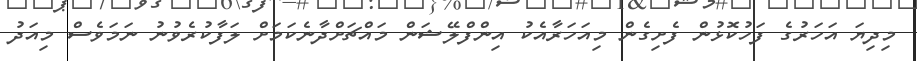
މިދިޔަ އަހަރުގެ ފަހުކޮޅުން ފެށިގެން މިއަހަރާއެކު އިންފްލޭޝަން މައްޗަށްދާނެކަމަށް ލަފާކުރެވުނު ނަމަވެސް މިއަދު